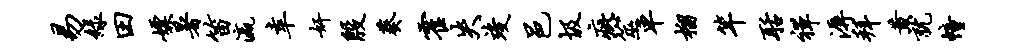
易绿田嫖暑笛瀛幸奸殷葵霍失竣邑圾疵筮车榴竿聒禅溽拜黄就幢